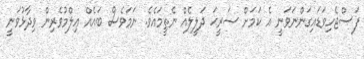
ފަސްޖެހިވަޑައިގަންނަވަނީ އެ ކަމަށް ޞަރީޙަ ދަލީލެއް ނެތީމައެވެ. ނަމަވެސް ބައެއް ޢިލްމުވެރިން ވިދާޅުވަނީ